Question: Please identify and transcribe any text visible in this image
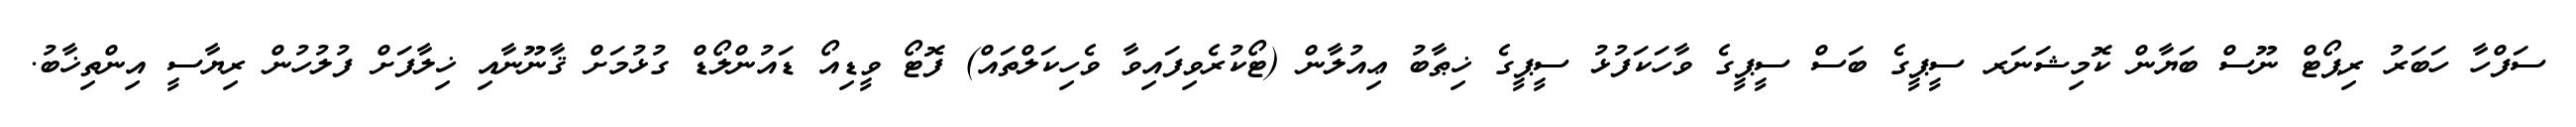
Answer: ސަފްހާ ހަބަރު ރިޕޯޓް ނޫސް ބަޔާން ކޮމިޝަނަރ ސީޕީގެ ބަސް ސީޕީގެ ވާހަކަފުޅު ސީޕީގެ ޚިޠާބު ޢިއުލާން (ޓޯކުރެވިފައިވާ ވެހިކަލްތައް) ފޮޓޯ ވީޑިއޯ ޑައުންލޯޑް ގުޅުމަށް ޤާނޫނާއި ޚިލާފަށް ފުލުހުން ރިޔާސީ އިންތިޚާބު.